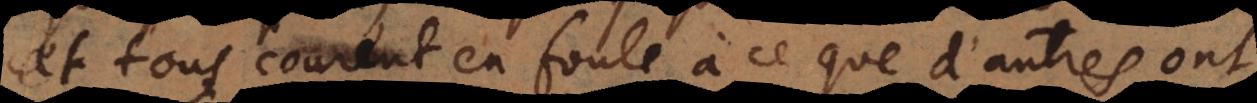
et tous courent en foule à ce que d’autres ont